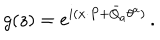
g ( z ) = \displaystyle { e ^ { i ( x { \cdot P } + \bar { Q } _ { a } \theta ^ { a } ) } } \, .